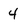
Character: 4